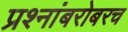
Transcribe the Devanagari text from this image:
प्रश्नांबरोबरच